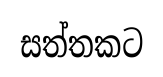
සත්තකට